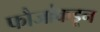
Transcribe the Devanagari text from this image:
फौजांकडून